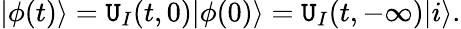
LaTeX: |\phi(t)\rangle=\mathtt{U}_{I}(t,0)|\phi(0)\rangle=\mathtt{U}_{I}(t,-\infty)|i\rangle.